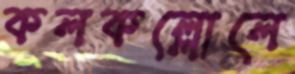
কলকল্লোলে